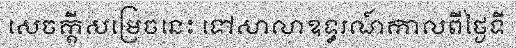
សេចក្តីសម្រេចនេះ ទៅសាលាឧទ្ធរណ៍កាលពីថ្ងៃទី